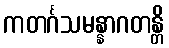
ကတင်္ဂသမန္နာဂတန္တိ